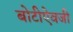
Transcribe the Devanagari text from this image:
बोटीऐवजी